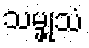
သမ္ဖုသံ